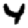
Digit: 4